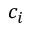
c _ { i }